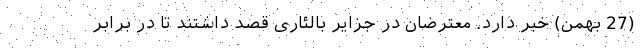
(27 بهمن) خبر دارد. معترضان در جزایر بالئاری قصد داشتند تا در برابر